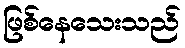
ဖြစ်နေသေးသည်